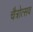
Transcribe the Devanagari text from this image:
चैत्रोत्सव